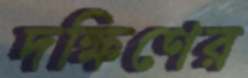
দক্ষিণের